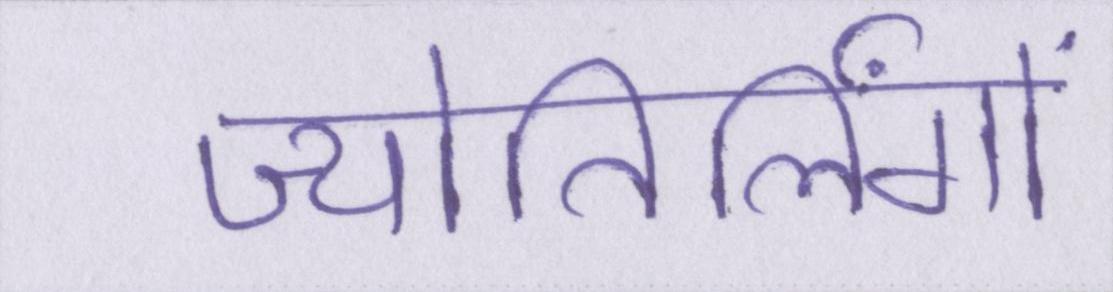
ज्योतिर्लिंगों